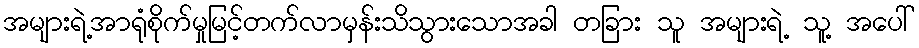
အများရဲ့အာရုံစိုက်မှုမြင့်တက်လာမှန်းသိသွားသောအခါ တခြား သူ အများရဲ့ သူ့ အပေါ်